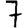
Digit: 7